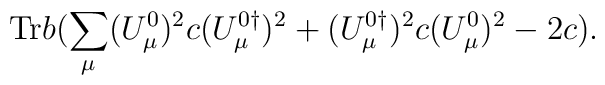
\hbox{Tr}b ( \sum_\mu (U_\mu^0)^2 c (U_\mu^{0\dagger})^2+(U_\mu^{0\dagger})^2 c (U_\mu^{0})^2 -2c ).